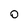
Character: O